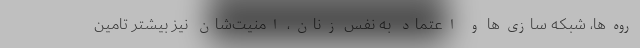
روه‌ها، شبکه سازی‌ها و اعتماد به نفس زنان، امنیت‌شان نیز بیشتر تامین